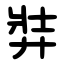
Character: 弉